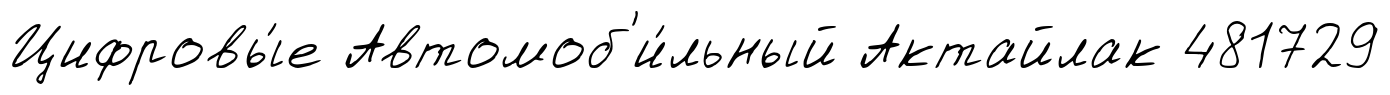
Цифровы́е Автомоб'и́льный Актайлак 481729